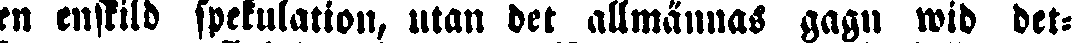
en enskild spekulation, utan det allmännas gagn wid det-